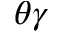
\theta \gamma